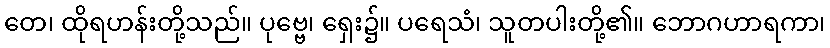
တေ၊ ထိုရဟန်းတို့သည်။ ပုဗ္ဗေ၊ ရှေး၌။ ပရေသံ၊ သူတပါးတို့၏။ ဘောဂဟာရကာ၊